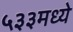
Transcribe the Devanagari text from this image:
५३३मध्ये